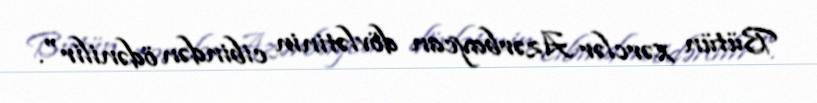
Bütün xərclər Azərbaycan dövlətinin cibindən ödənilir".